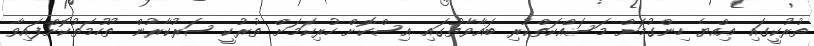
ތުރުކީގައި އިއްޔެ ހިންގުމަށް މަސައްކަތްކުރި ބަޣާވާތުގައި އިސްކޮށް ހުރިކަމަށް ތުރުކީ ސަރުކާރުން ތުހުމަތުކޮށްފައިވާ